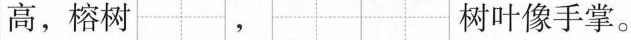
高，榕树 树叶像手掌。